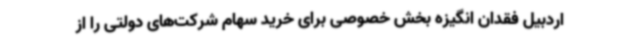
اردبیل فقدان انگیزه بخش خصوصی برای خرید سهام شرکت‌های دولتی را از